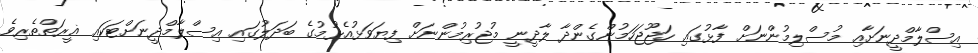
އިސްލާމްދީނަށާއި މުސްލިމުންނަށް ފާޅުގައި ހަޖޫޖަހަމުންގެންދާ ލާދީނީ މުޖުރިމުންނަށް ފިޔަވަޅުއެޅުމުގެ ބަދަލުގައި އިސްލާމްދީނަށްޓަކައި ޣީރަތްތެރިވެ